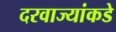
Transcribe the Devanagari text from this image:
दरवाज्यांकडे